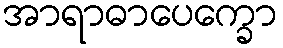
အာရာဓာပေက္ခော